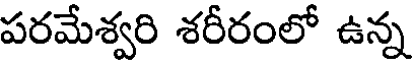
పరమేశ్వరి శరీరంలో ఉన్న